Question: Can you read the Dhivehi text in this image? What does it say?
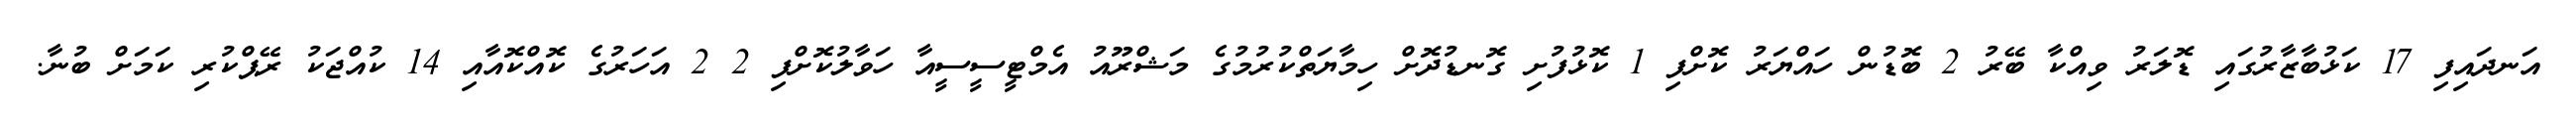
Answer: އަނދައިފި 17 ކަޅުބާޒާރުގައި ޑޮލަރު ވިއްކާ ބޭރު 2 ބޮޑުން ހައްޔަރު ކޮށްފި 1 ކޮޅުފުށި ގޮނޑުދޮށް ހިމާޔަތްކުރުމުގެ މަޝްރޫއު އެމްޓީސީސީއާ ހަވާލުކޮށްފި 2 2 އަހަރުގެ ކޮއްކޮއާއި 14 ކުއްޖަކު ރޭޕްކުރި ކަމަށް ބުނާ.